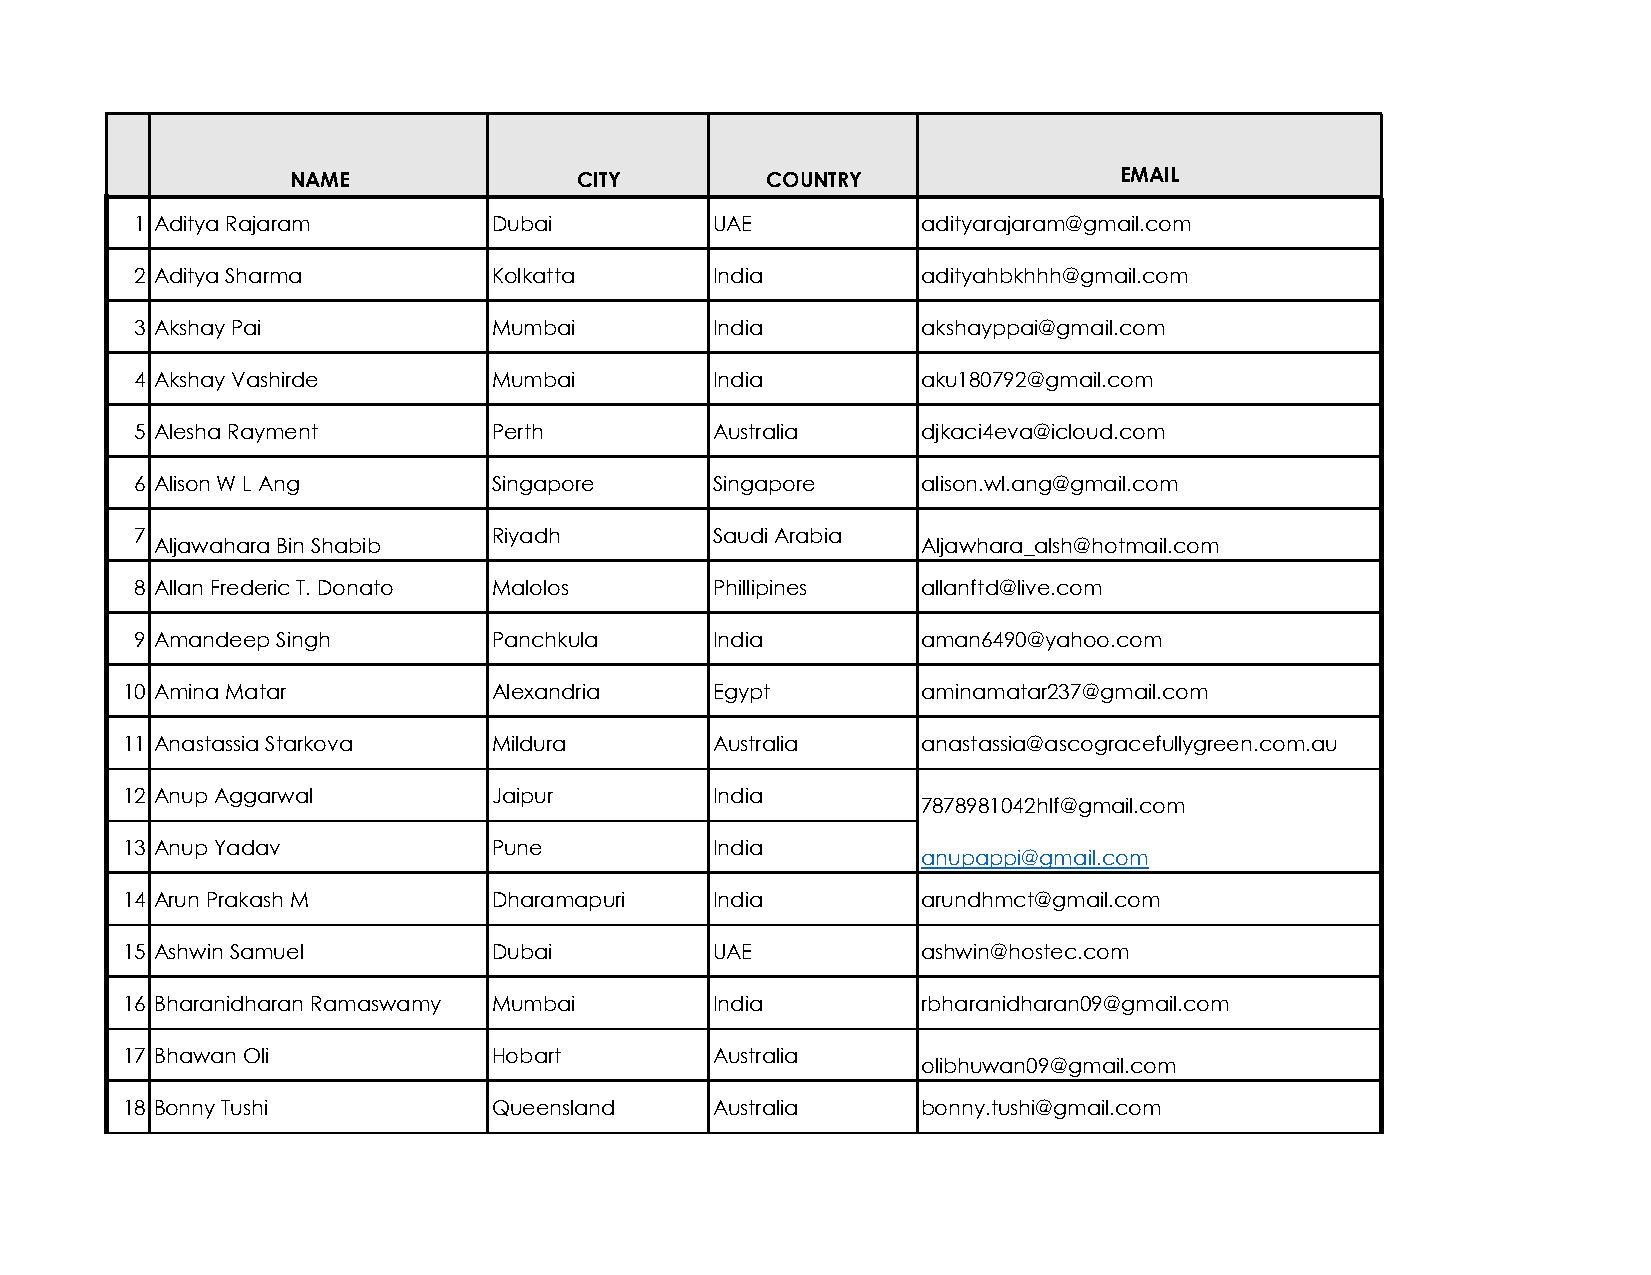
NAME               CITY         COUNTRY                EMAIL
 1 Aditya Rajaram        Dubai         UAE           adityarajaram@gmail.com
 2 Aditya Sharma         Kolkatta      India         adityahbkhhh@gmail.com
 3 Akshay Pai            Mumbai        India         akshayppai@gmail.com
 4 Akshay Vashirde       Mumbai        India         aku180792@gmail.com
 5 Alesha Rayment        Perth         Australia     djkaci4eva@icloud.com
 6 Alison W L Ang        Singapore     Singapore     alison.wl.ang@gmail.com
 7                       Riyadh        Saudi Arabia
 Aljawahara Bin Shabib                              Aljawhara_alsh@hotmail.com
 8 Allan Frederic T. Donato Malolos    Phillipines   allanftd@live.com
 9 Amandeep Singh        Panchkula     India         aman6490@yahoo.com
 10 Amina Matar           Alexandria    Egypt         aminamatar237@gmail.com
 11 Anastassia Starkova   Mildura       Australia     anastassia@ascogracefullygreen.com.au
 12 Anup Aggarwal         Jaipur        India
 7878981042hlf@gmail.com
 13 Anup Yadav            Pune          India
 anupappi@gmail.com
 14 Arun Prakash M        Dharamapuri   India         arundhmct@gmail.com
 15 Ashwin Samuel         Dubai         UAE           ashwin@hostec.com
 16 Bharanidharan Ramaswamy Mumbai      India         rbharanidharan09@gmail.com
 17 Bhawan Oli            Hobart        Australia
 olibhuwan09@gmail.com
 18 Bonny Tushi           Queensland    Australia     bonny.tushi@gmail.com